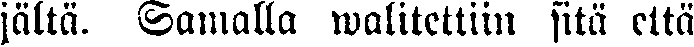
jältä. Samalla walitettiin sitä että